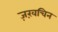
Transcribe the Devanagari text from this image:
ज़ख़चिन